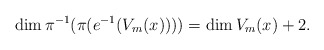
\begin{align*}\dim \pi ^{-1} (\pi ( e^{-1}(V_{m}(x)) )) = \dim V_{m}(x) +2.\end{align*}